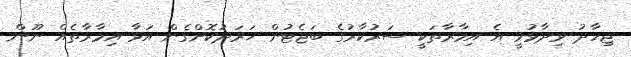
ޖިހާދު ވިދާޅުވީ އެ އިމާރާތަކީ ސަރުކާރުގެ ބަޖެޓުން ޚަރަދުކޮށްގެން އަޅާ އިމާރާތެއް ނޫން